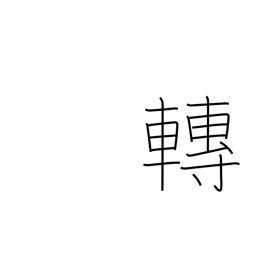
Meaning: move